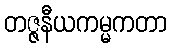
တဇ္ဇနီယကမ္မကတာ